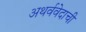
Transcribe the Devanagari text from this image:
अथर्ववेदाची